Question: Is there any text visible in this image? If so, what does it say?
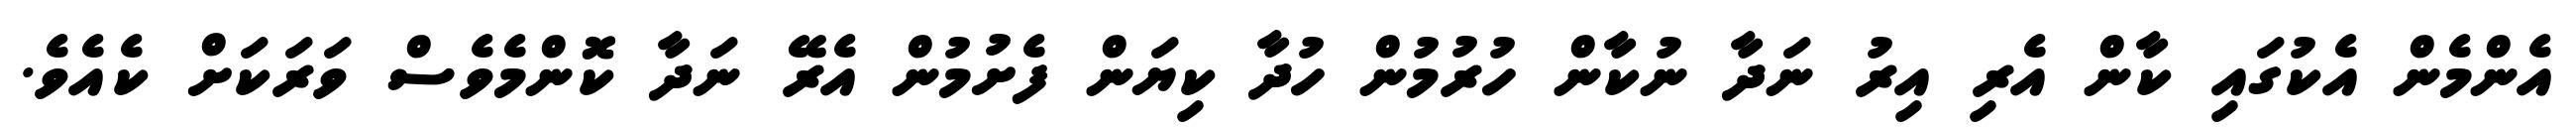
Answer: އެންމެން އެކުގައި ކާން އެރި އިރު ނަދާ ނުކާން ހުރުމުން ހުދާ ކިޔަން ފެށުމުން އެރޭ ނަދާ ކޮންމެވެސް ވަރަކަށް ކެއެވެ.